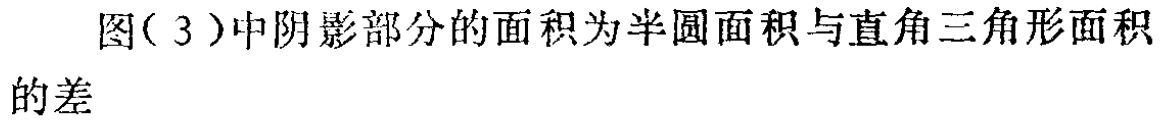
图(3)中阴影部分的面积为半圆面积与直角三角形面积的差